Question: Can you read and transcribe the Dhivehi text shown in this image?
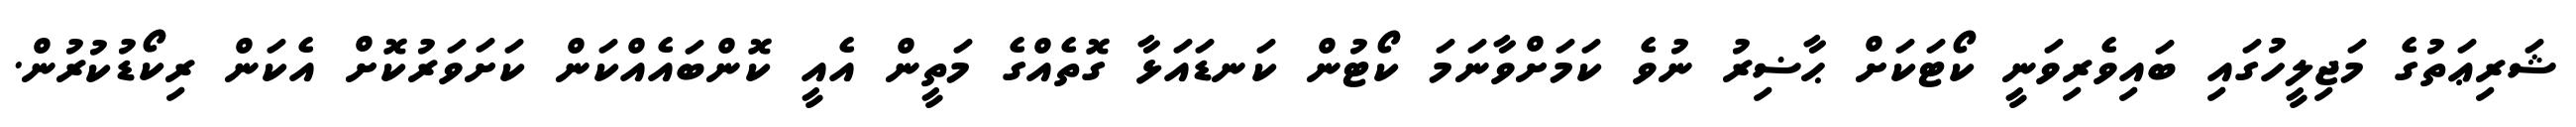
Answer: ޝަރިޢަތުގެ މަޖިލީހުގައި ބައިވެރިވަނީ ކޯޓަކަށް ޙާޟިރު ނުވެ ކަމަށްވާނަމަ ކޯޓުން ކަނޑައަޅާ ގޮތެއްގެ މަތީން އެއީ ކޮންބައެއްކަން ކަށަވަރުކޮށް އެކަން ރިކޯޑުކުރުން.